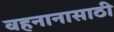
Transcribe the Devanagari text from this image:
वहनानासाठी